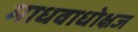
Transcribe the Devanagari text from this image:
माधवाधोक्षज